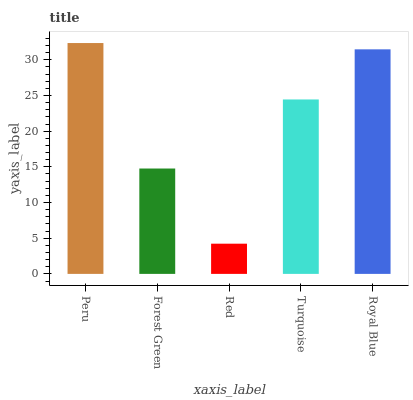
| xaxis_label | bars |
 | --- | --- |
 | Peru | 32.3 |
 | Forest Green | 14.8 |
 | Red | 4.23 |
 | Turquoise | 24.4 |
 | Royal Blue | 31.5 |